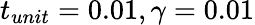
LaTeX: t_{unit}=0.01,\gamma=0.01